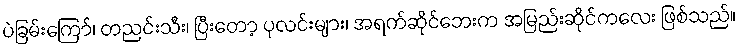
ပဲခြမ်းကြော်၊ တညင်းသီး၊ ပြီးတော့ ပုလင်းများ၊ အရက်ဆိုင်ဘေးက အမြည်းဆိုင်ကလေး ဖြစ်သည်။